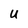
Character: U